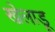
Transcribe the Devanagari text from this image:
खेलाडू